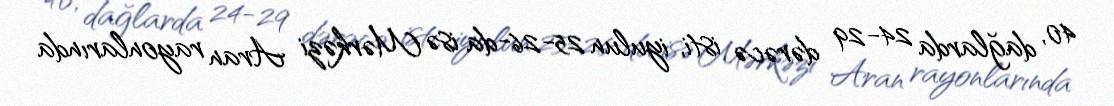
40, dağlarda 24-29 dərəcə isti, iyulun 25-26-da isə Mərkəzi Aran rayonlarında